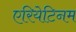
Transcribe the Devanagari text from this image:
एरियेटिनम